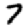
Digit: 7